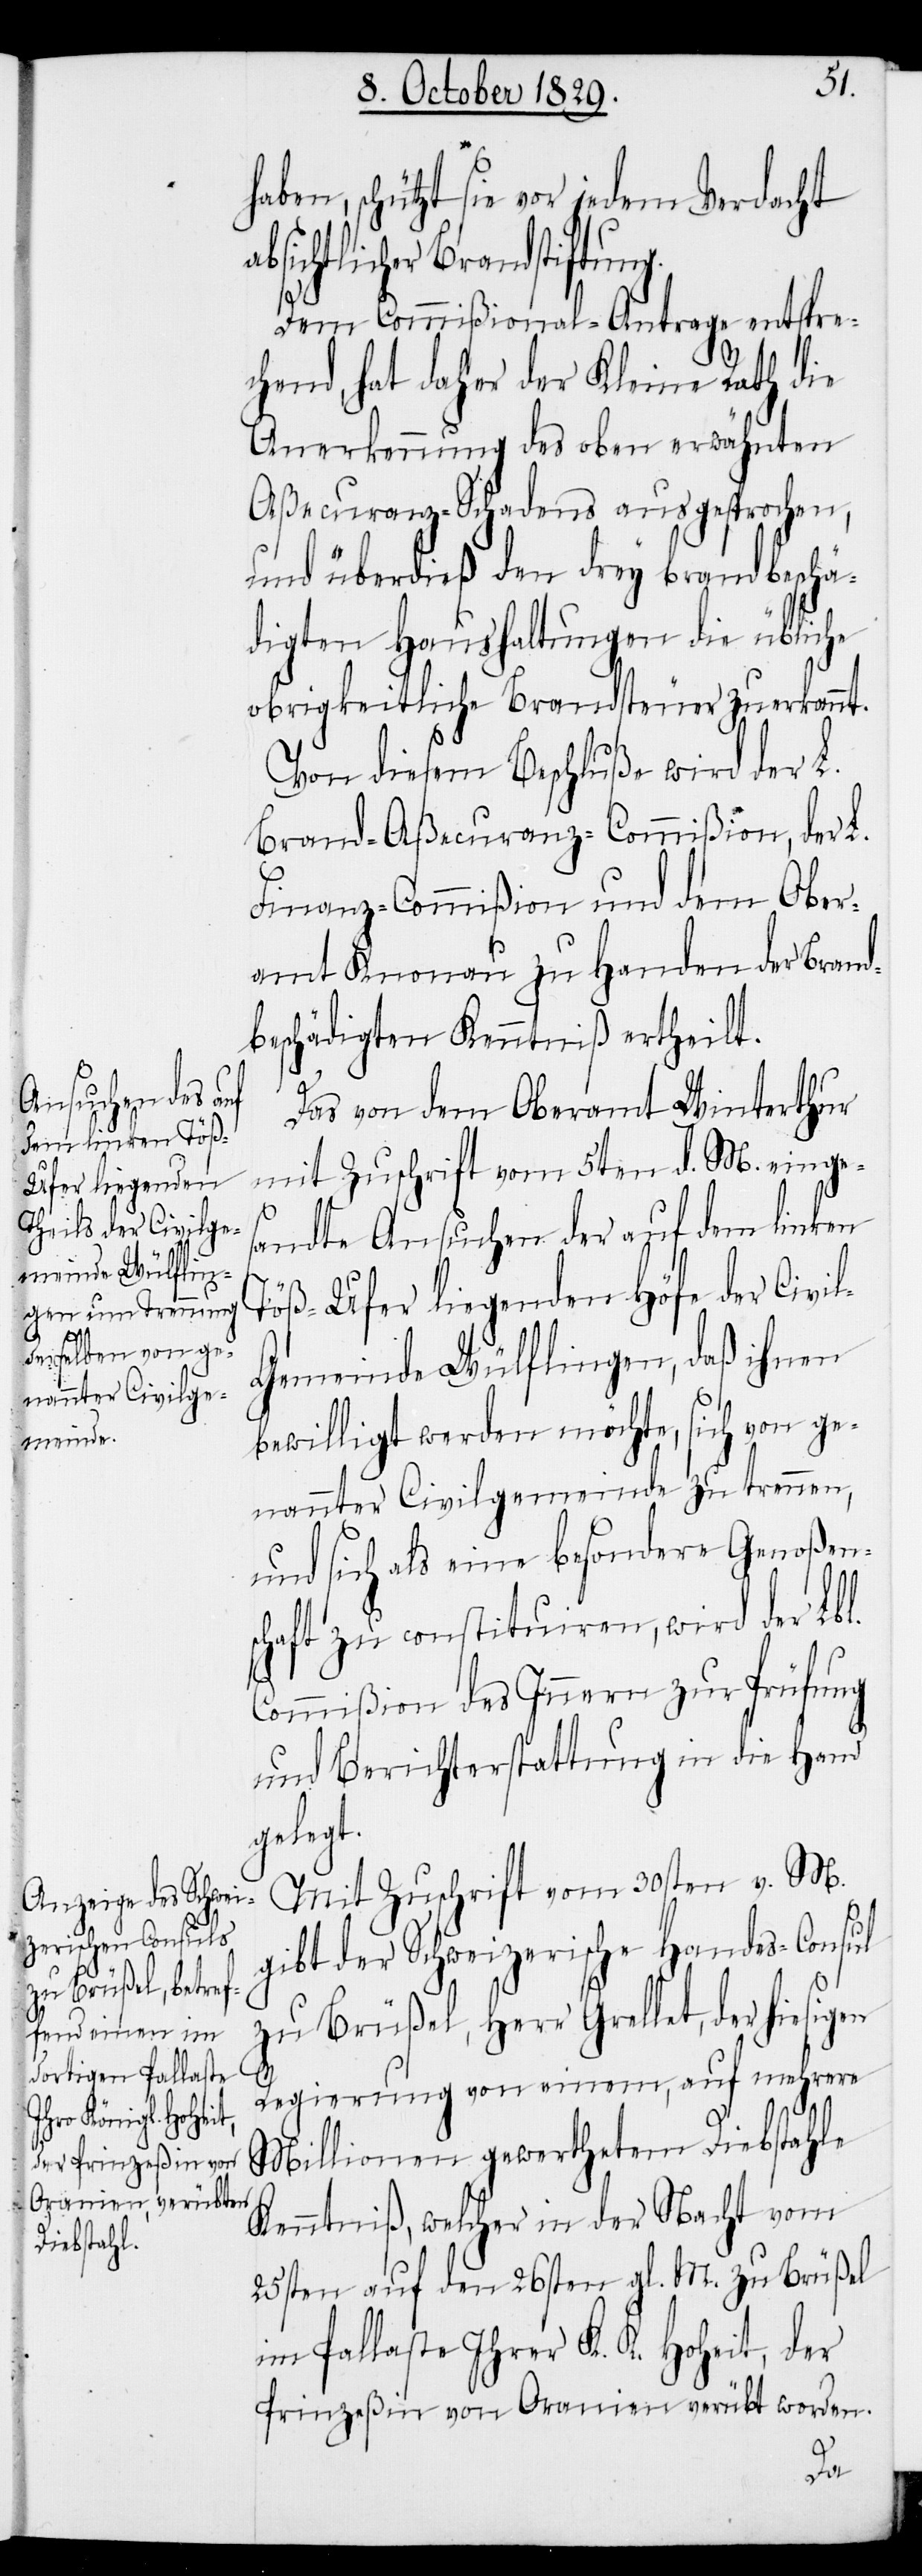
Brandstiftung.

ben, schützt sie vor jedem Verdacht
Dem Commißional-Antrage entspre¬
chend, hat daher der Kleine Rath die
Anerkennung des oben erwähnten
Aßecuranz-Schadens ausgesprochen,
und überdieß den drey brandbeschä¬
digten Haushaltungen die übliche
obrigkeitliche Brandsteuer zuerkannt.
Von diesem Beschluße wird der L.
Brand-Aßecuranz-Commißion, der L.
Finanz-Commißion und dem Ober¬
amt Knonau zu Handen der Brand¬
beschädigten Kenntniß ertheilt.
Das von dem Oberamt Winterthur
mit Zuschrift vom 5ten d. M. einge¬
sandte Ansuchen der auf dem linken
Töß-Ufer liegenden Höfe der Civi¬
l-Gemeinde Wülflingen, daß ihnen
bewilligt sein möchte, sich von ge¬
nannter Civilgemeinde zu trennen,
und sich als eine besondere Genoßen¬
schaft zu constituiren, wird der Lbl.
Commißion des Innern zur Prüfung
und Berichterstattung in die Hand
gelegt.
Mit Zuschrift vom 30sten v. M.
gibt der Schweizerische Handels-Consul
zu Brüßel, Herr Grellet, der hiesigen
ha¬
Regierung von einem, auf mehrere
Millionen gewerthetem Diebstahle
Kenntniß, welcher in der Nacht vom
25sten auf den 26sten gl. M. zu Brüßel
im Pallaste Ihrer K. K. Hoheit, der
Prinzeßin von Oranien verübt worden.